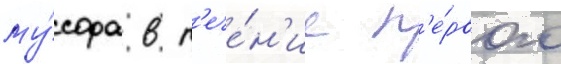
му́сора в т'ече́н'ие п'е́рвого